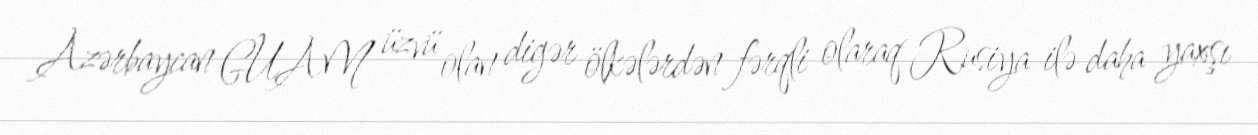
Azərbaycan GUAM üzvü olan digər ölkələrdən fərqli olaraq Rusiya ilə daha yaxşı